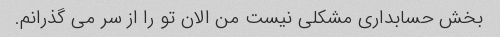
بخش حسابداری مشکلی نیست من الان تو را از سر می گذرانم.